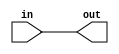
module f14_mybuf(in, out);
input in;
output out;
wire w1, w2, w3, w4;
assign w1 = in;
assign w2 = w1;
assign out = w2;
endmodule